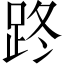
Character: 𨀐